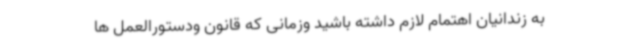
به زندانیان اهتمام لازم داشته باشید وزمانی که قانون ودستورالعمل ها